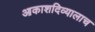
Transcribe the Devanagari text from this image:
आकाशदिव्यालाच